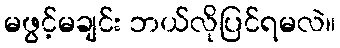
မဖွင့်မချင်း ဘယ်လိုပြင်ရမလဲ။